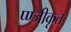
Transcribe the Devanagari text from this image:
प्ण्जीकृत